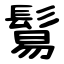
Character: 鬄